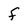
Character: f